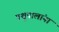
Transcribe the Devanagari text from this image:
पशूपालांना